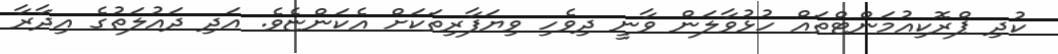
ކުދި ޕްރޮކިއުމަންޓްތައް ހުޅުވާލަން ވާނީ ދިވެހި ވިޔަފާރިތަކަށް އެކަންޏެވެ. އަދި ދައުލަތުގެ އިދާރާ